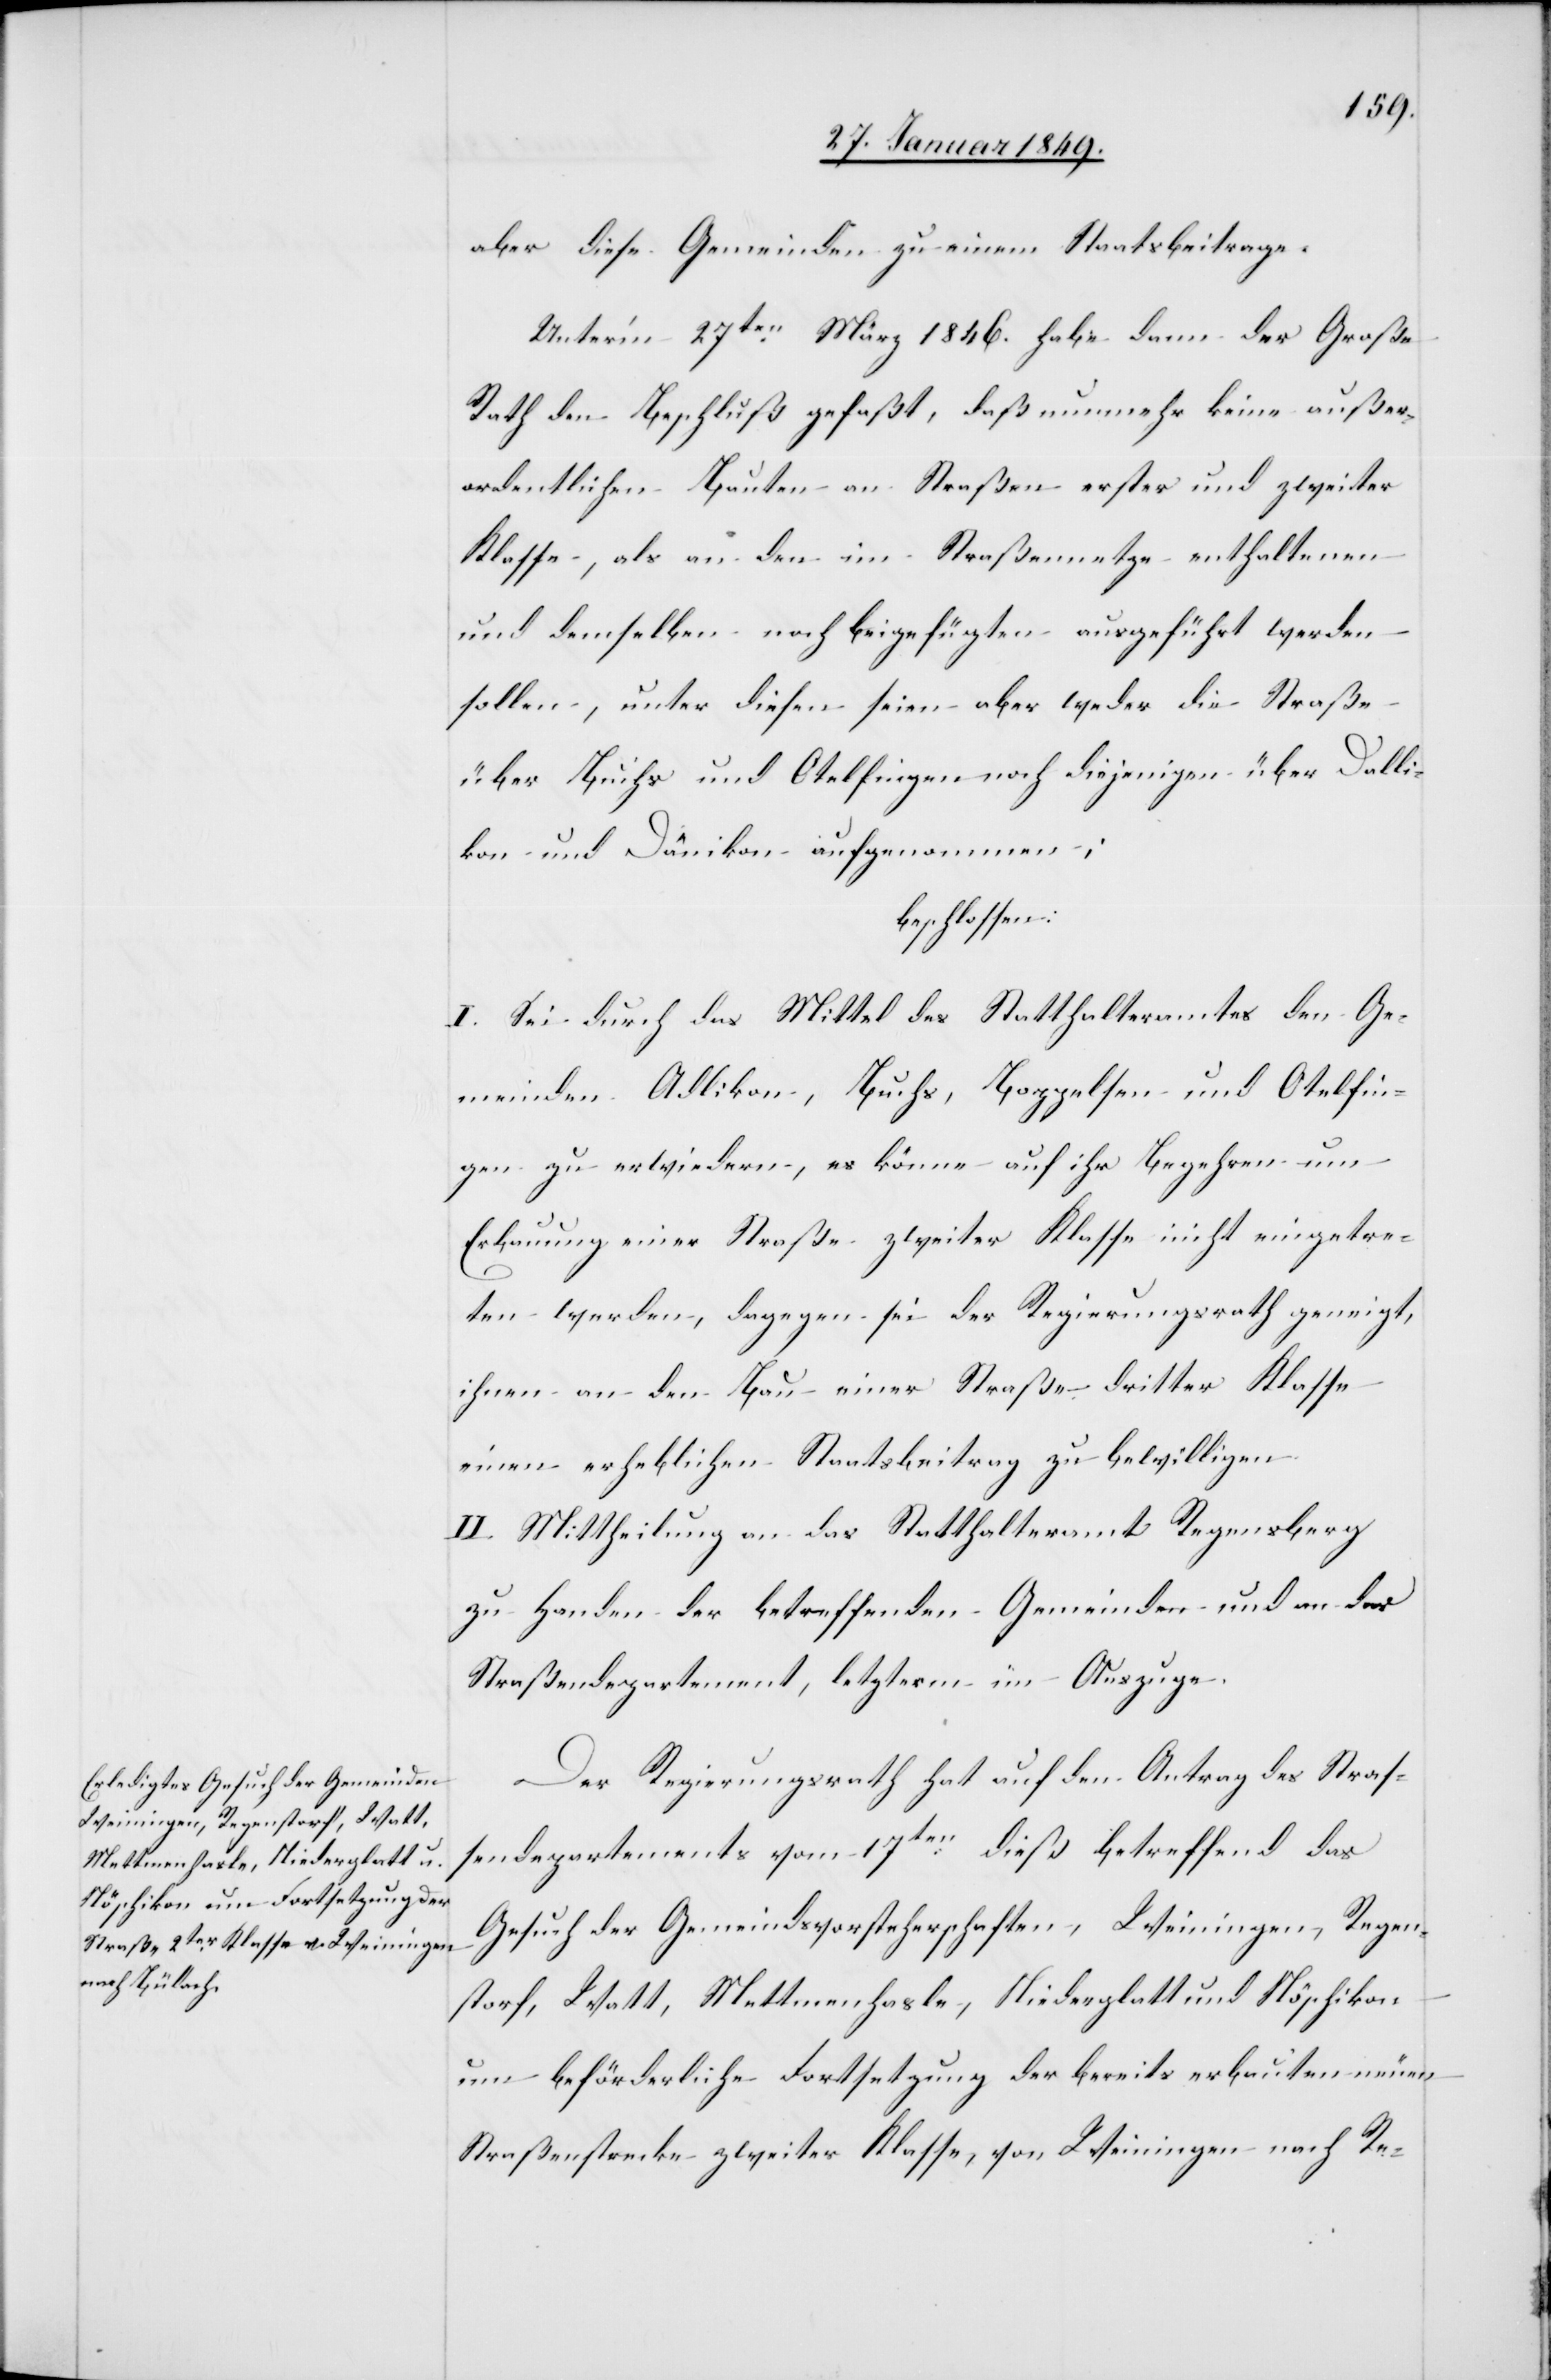
aber diese Gemeinden zu einem Staatsbeitrage.
Unter’m 27ten. März 1846. habe dann der Große
Rath den Beschluß gefaßt, daß nunmehr keine außer¬
ordentlichen Bauten an Straßen erster und zweiter
Klasse, als an den im Straßennetze enthaltenen
und demselben noch beigefügten ausgeführt werden
sollen, unter diesen seien aber weder die Straße
über Buchs und Otelfingen noch diejenigen über Dallikon
und Dänikon aufgenommen;
beschlossen:
I. Sei durch das Mittel des Statthalteramtes den Ge¬
meinden Adlikon, Buchs, Boppelsen und Otelfin¬
gen zu erwiedern, es könne auf ihr Begehren um
Erbauung einer Straße zweiter Klasse nicht eingetre¬
ten werden, dagegen sei der Regierungsrath geneigt,
ihnen an den Bau einer Straße dritter Klasse
einen erheblichen Staatsbeitrag zu bewilligen.
II. Mittheilung an das Statthalteramt Regensberg
zu Handen der betreffenden Gemeinden und an das
Straßendepartement, letzterm im Auszuge.
Der Regierungsrath hat auf den Antrag des Straß¬
endepartements vom 17ten. dieß betreffend das
Gesuch der Gemeindsvorsteherschaften, Weiningen, Regen¬
storf, Watt, Mettmenhasle, Niederglatt und Nöschikon
um beförderliche Fortsetzung der bereits erbauten neuen
Straßenstrecke zweiter Klasse, von Weiningen nach Re-